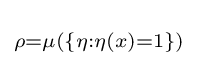
\scriptstyle \rho =\mu (\{\eta :\eta (x)=1\})